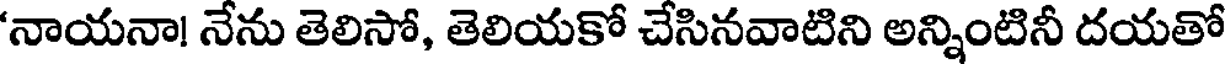
'నాయనా! నేను తెలిసో, తెలియకో చేసినవాటిని అన్నింటినీ దయతో